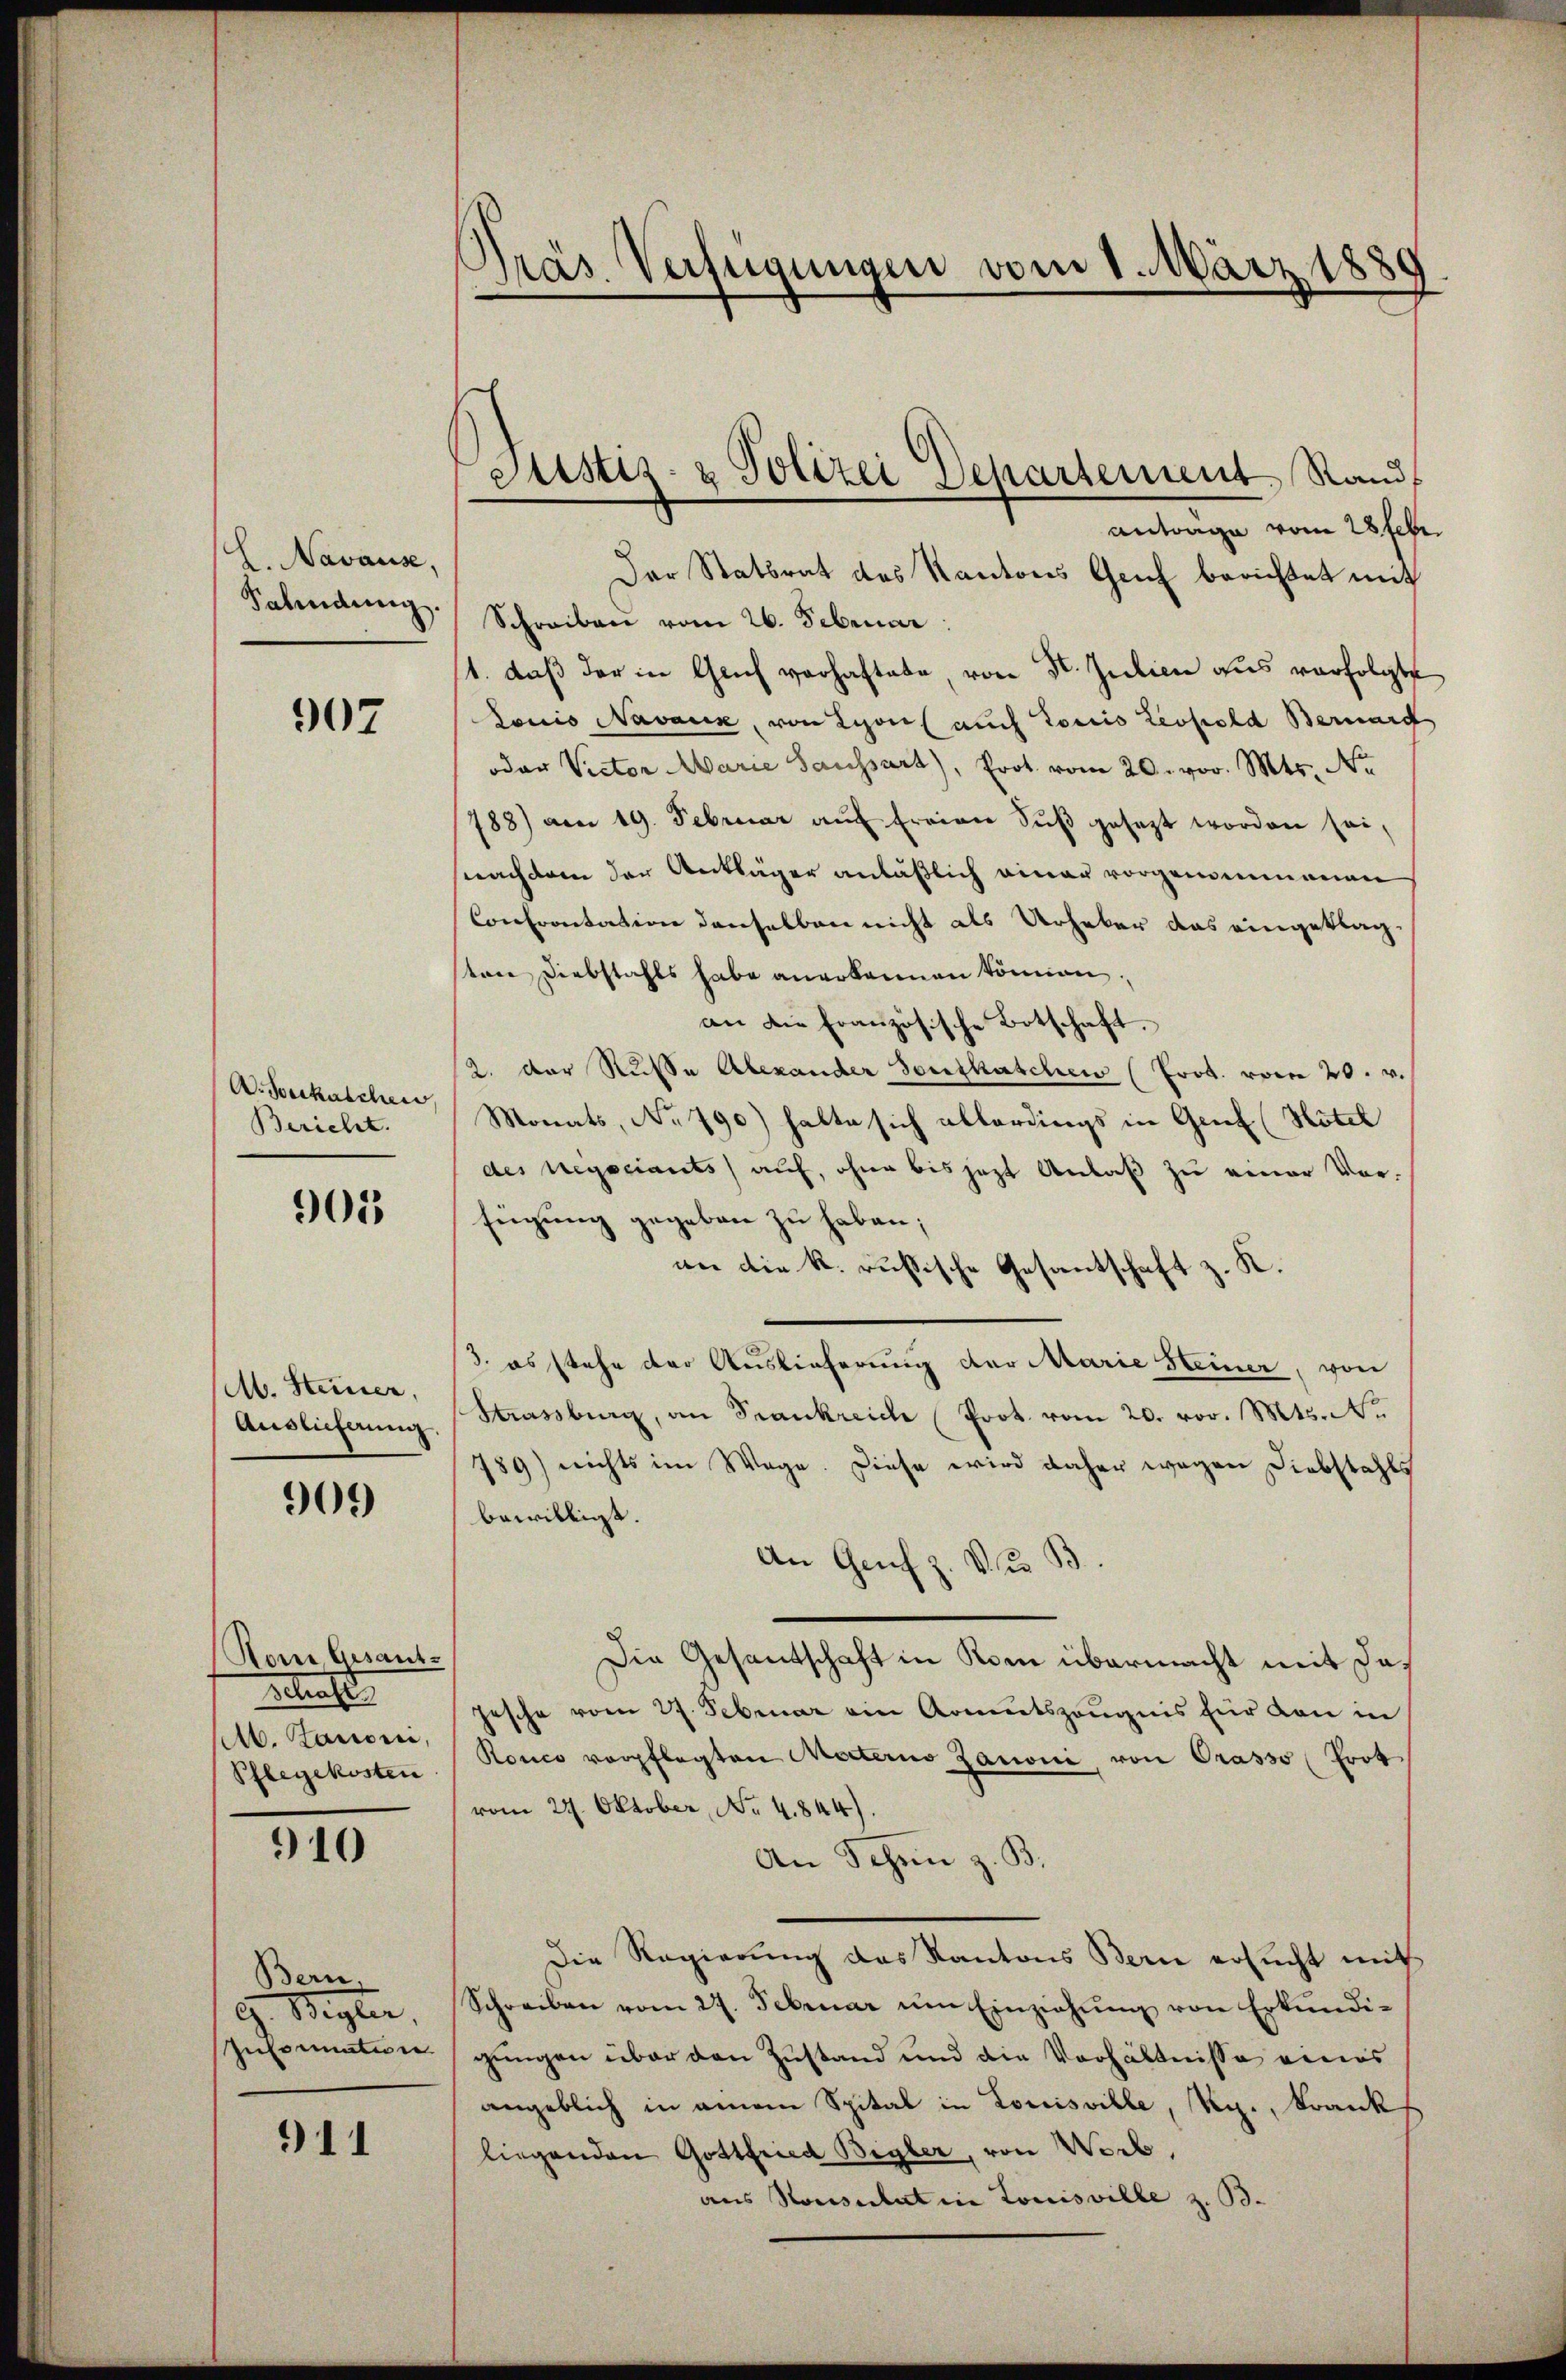
L. Navause,
Fahndung.

907

A. Boeckaschein
Bericht.

901

M. Steiner,
Auslieferung

909

Rone Gesant-
schaft
Ab. Kanoni,
Pflegekosten

910

Bern.
Wegter,
Information

911

Präs. Verfügungen vom 1. März 1889

Der Statsrat des Kantons Genf berichtet mit
Schreiben vom 26. Februar
1. daß der in Glich vorhaftete von St. Julien aus verfolgte
Lonio Navaux, von Lyon auch Loris Leopold Bernard
oder Victor Marie Saussart, Prot. vom 20. vor. Mts. No
188) am 19. Februar aŭf freien Sŭβ gesezt worden sei,
nachdem der Ankläger anläßlich einer vorgenommenen
Conerontation denselben nicht als Urheber das eingeklagsten Diebstahls habe anerkannen können.
an die französische Botschaft.
2. Der Russe Alexander Southaschen (Prot. vom 20. v.
Monats, No 790) halte sich allerdings in Genf (Hötel
des Negociants auf, ohne bis jezt Anlaß zu einer Vor-
fügung gegeben zu haben;
an die k. russische Gesantschaft z. K.
3. es stehe der Auslieferung der Marie Heiner, von
Strassburg, an Frankreich Prot. vom 20. vor. Mts. No
789) nichts im Wege. Diese wird daher wegen Diebstahls
bewilligt.
An Genf z. Nur B
Die Gesantschaft in Kom übermacht mit dajesche vom 27. Februar ein Armutszeŭgnis für von in
Ronco verpflegten Motterno Zanone, von Prasso (Erot
vom 29. Oktober, No 4844).
An Schen z. B.
Die Regierung des Kantons Berne ersŭcht mit
Schreiben vom 27. Februar ŭm Einziehŭng von Erkŭndi-
gungen über den Zustand und die Verhältnisse eines
angeblich in einem Spital in Louisville, Rg., krank
liegenden Gottfried Begler, von Weib,
aus Konsulat in Louisville z. B.

Justiz- & Polizei Departement, Randf
antrage vom 28 febr.